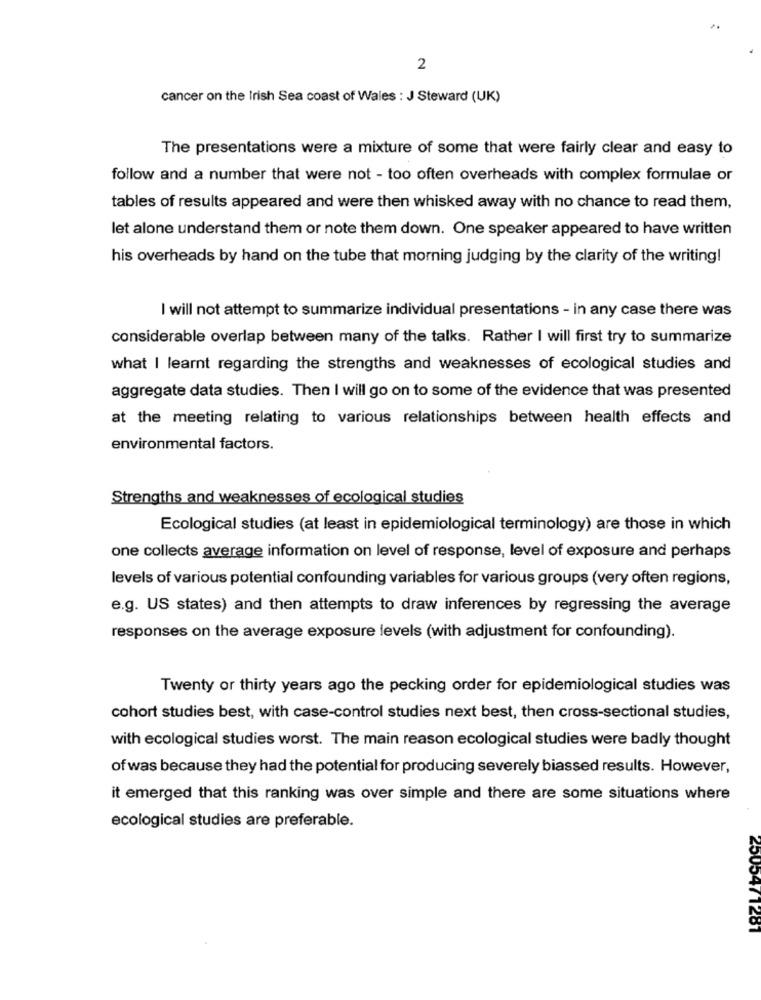
2
cancer on the Irish Sea coast of Wales : J Steward (UK)
The presentations were a mixture of some that were fairly clear and easy to
follow and a number that were not - too often overheads with complex formulae or
tables of results appeared and were then whisked away with no chance to read them,
let alone understand them or note them down. One speaker appeared to have written
his overheads by hand on the tube that morning judging by the clarity of the writing!
I will not attempt to summarize individual presentations - in any case there was
considerable overlap between many of the talks. Rather I will first try to summarize
what I learnt regarding the strengths and weaknesses of ecological studies and
aggregate data studies. Then I will go on to some of the evidence that was presented
at the meeting relating to various relationships between health effects and
environmental factors.
Strengths and weaknesses of ecological studies
Ecological studies (at least in epidemiological terminology) are those in which
one collects average information on level of response, level of exposure and perhaps
levels of various potential confounding variables for various groups (very often regions,
e.g. US states) and then attempts to draw inferences by regressing the average
responses on the average exposure levels (with adjustment for confounding).
Twenty or thirty years ago the pecking order for epidemiological studies was
cohort studies best, with case-control studies next best, then cross-sectional studies,
with ecological studies worst. The main reason ecological studies were badly thought
of was because they had the potential for producing severely biassed results. However,
it emerged that this ranking was over simple and there are some situations where
ecological studies are preferable.
2505471281